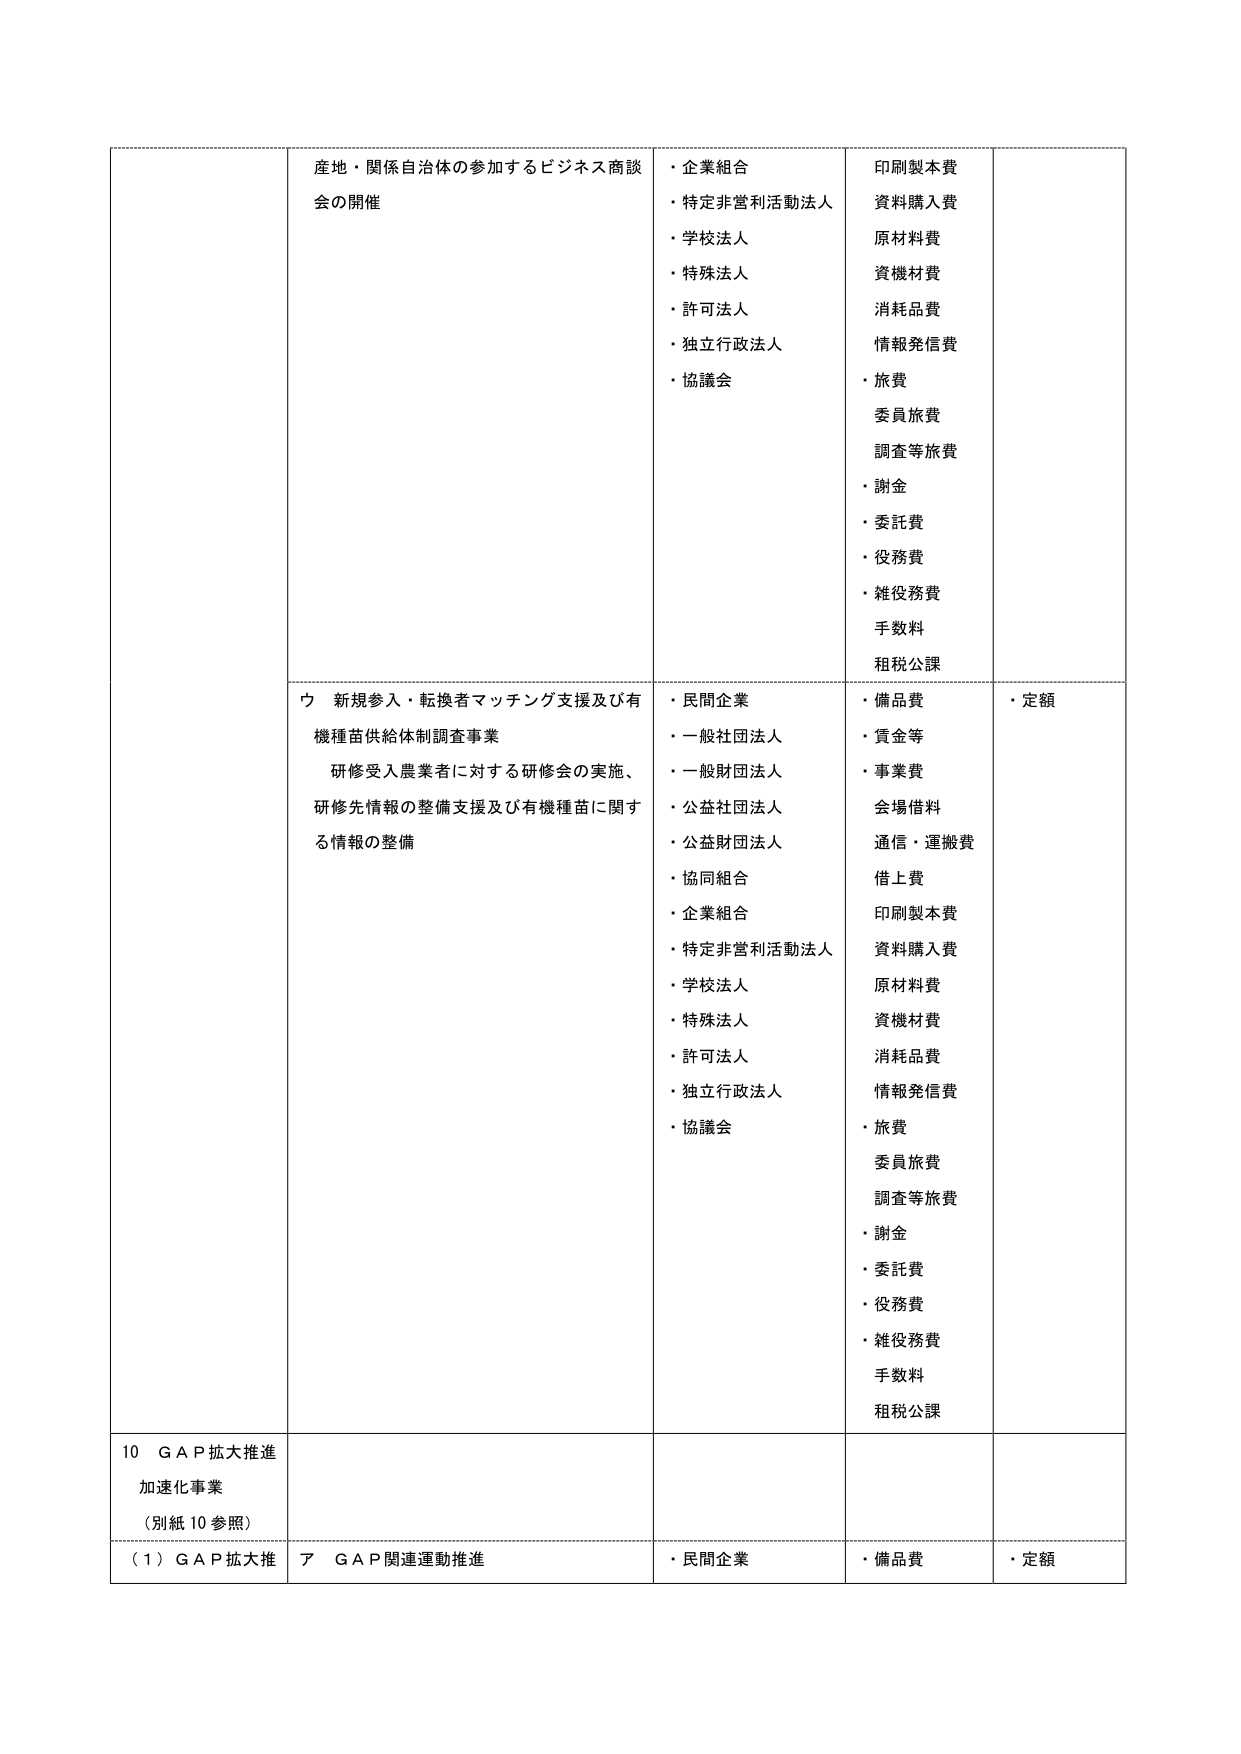
産地・関係自治体の参加するビジネス商談会の開催
・企業組合
・特定非営利活動法人
・学校法人
・特殊法人
・許可法人
・独立行政法人
・協議会
印刷製本費
資料購入費
原材料費
資機材費
消耗品費
情報発信費
・旅費
委員旅費
調査等旅費
・謝金
・委託費
・役務費
・雑役務費
手数料
租税公課
ウ 新規参入・転換者マッチング支援及び有機種苗供給体制調査事業
研修受入農業者に対する研修会の実施、
研修先情報の整備支援及び有機種苗に関する情報の整備
・民間企業
・一般社団法人
・一般財団法人
・公益社団法人
・公益財団法人
・協同組合
・企業組合
・特定非営利活動法人
・学校法人
・特殊法人
・許可法人
・独立行政法人
・協議会
・備品費
・賃金等
・事業費
会場借料
通信・運搬費
借上費
印刷製本費
資料購入費
原材料費
資機材費
消耗品費
情報発信費
・旅費
委員旅費
調査等旅費
・謝金
・委託費
・役務費
・雑役務費
手数料
租税公課
・定額
10 ＧＡＰ拡大推進加速化事業
（別紙10参照）
（１）ＧＡＰ拡大推進
ア ＧＡＰ関連運動推進
・民間企業
・備品費
・定額